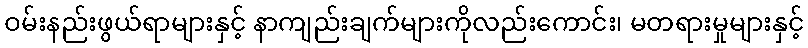
ဝမ်းနည်းဖွယ်ရာများနှင့် နာကျည်းချက်များကိုလည်းကောင်း၊ မတရားမှုများနှင့်